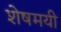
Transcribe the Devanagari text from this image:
शेषमयी